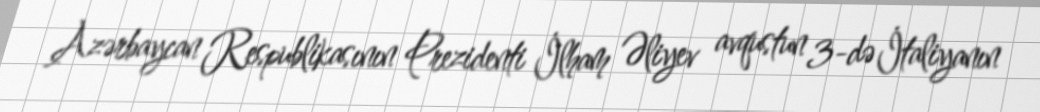
Azərbaycan Respublikasının Prezidenti İlham Əliyev avqustun 3-də İtaliyanın